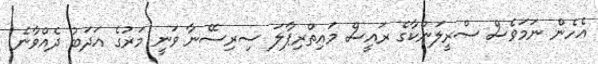
އެހެން ނަމަވެސް ސްރީލަންކާގެ ރައީސް މައިތްރިޕާލަ ސިރިސޭނާ ވަނީ މަރުގެ އަދަބު ދެއްވާނެ